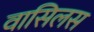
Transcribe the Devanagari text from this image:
वासिलस